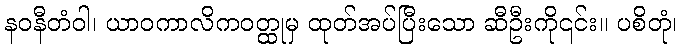
နဝနီတံဝါ၊ ယာဝကာလိကဝတ္ထုမှ ထုတ်အပ်ပြီးသော ဆီဦးကို၎င်း။ ပစိတုံ၊